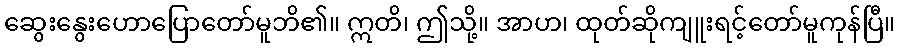
ဆွေးနွေးဟောပြောတော်မူဘိ၏။ ဣတိ၊ ဤသို့။ အာဟ၊ ထုတ်ဆိုကျူးရင့်တော်မူကုန်ပြီ။